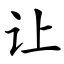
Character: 让